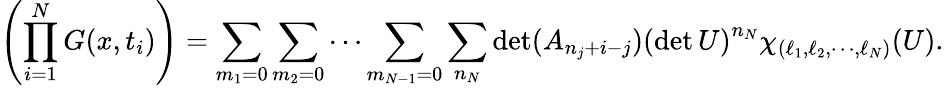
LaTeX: \left(\prod_{i=1}^{N}G(x,t_{i})\right)=\sum_{m_{1}=0}\sum_{m_{2}=0}\cdots\sum_{m_{N-1}=0}\sum_{n_{N}}\operatorname*{det}(A_{n_{j}+i-j})\left(\operatorname*{det}U\right)^{n_{N}}\chi_{(\ell_{1},\ell_{2},\cdots,\ell_{N})}(U).